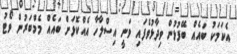
އެކަމަކު ބައެއް ބޭފުޅުން ވިދާޅުވެފައި ވަނީ އިސްލާހާ އެއްކޮޅަށް ބައެެއް މެމްބަރުން ވޯޓު